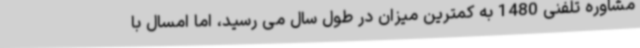
مشاوره تلفنی 1480 به کمترین میزان در طول سال می رسید، اما امسال با